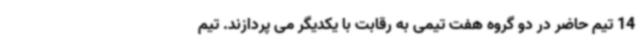
14 تیم حاضر در دو گروه هفت تیمی به رقابت با یکدیگر می پردازند. تیم